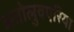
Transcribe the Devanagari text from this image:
अतोलुवएरिया